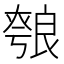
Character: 𦫐